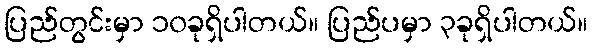
ပြည်တွင်းမှာ ၁၀ခုရှိပါတယ်။ ပြည်ပမှာ ၃ခုရှိပါတယ်။